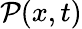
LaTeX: {\mathcal{P}}(x,t)